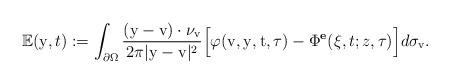
LaTeX: \begin{align*}\mathbb{E}(\mathrm{y},t) := \int_{\partial\Omega} \frac{(\mathrm{y}-\mathrm{v})\cdot\nu_{\mathrm{v}}}{2\pi|\mathrm{y}-\mathrm{v}|^2}\Big[\varphi(\mathrm{v},\mathrm{y},\mathrm{t},\tau)-\Phi^{\textbf{e}}(\xi,t;z,\tau)\Big]d\sigma_\mathrm{v}.\end{align*}